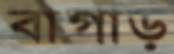
বাগাড়